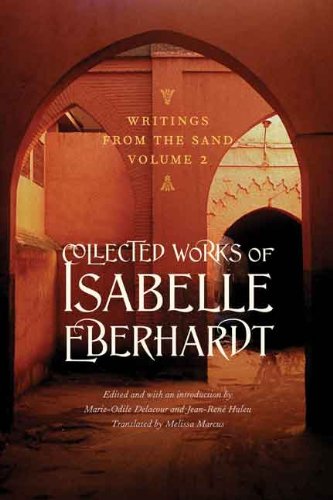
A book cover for Writings from the Sand, Volume 2: Collected Works of Isabelle Eberhardt; Isabelle Eberhardt; Literature & Fiction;